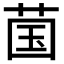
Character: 𬜿